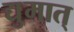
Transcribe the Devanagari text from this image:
द्युमात्